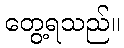
တွေ့ရသည်။